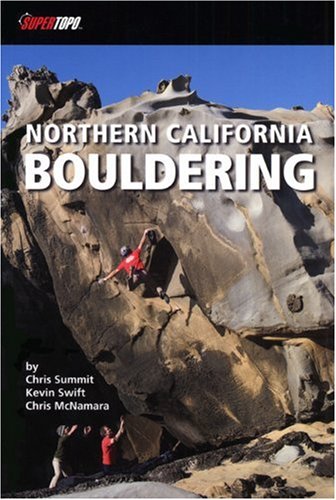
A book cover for Northern California Bouldering (Supertopo); Chris Summit; Travel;